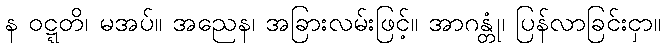
န ဝဋ္ဋတိ၊ မအပ်။ အညေန၊ အခြားလမ်းဖြင့်။ အာဂန္တုံ၊ ပြန်လာခြင်းငှာ။